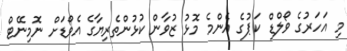
މި އަހަރުގެ ވޯލްޑް ކަޕުގެ އެންމެ މޮޅު ޒުވާން ކުޅުންތެރިޔާގެ އެވޯޑަށް ނޮމިނޭޓް